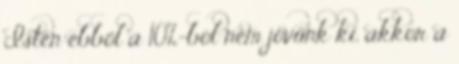
Isten ebből a 10%-ból nem jövünk ki, akkor a